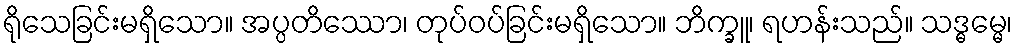
ရိုသေခြင်းမရှိသော။ အပ္ပတိဿော၊ တုပ်ဝပ်ခြင်းမရှိသော။ ဘိက္ခူ၊ ရဟန်းသည်။ သဒ္ဓမ္မေ၊